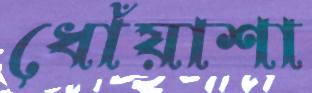
ধোঁয়াশা